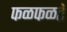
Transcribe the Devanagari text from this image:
फळफळते